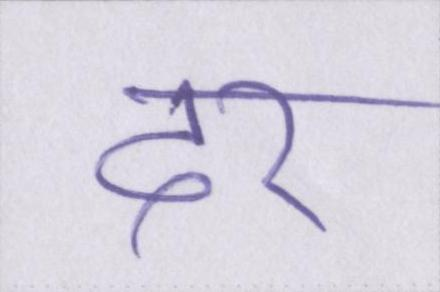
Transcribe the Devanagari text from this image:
दर